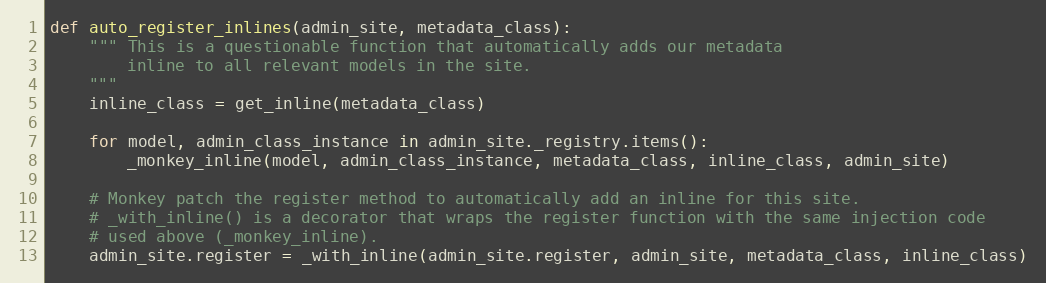
Language: Python
def auto_register_inlines(admin_site, metadata_class):
    """ This is a questionable function that automatically adds our metadata
        inline to all relevant models in the site.
    """
    inline_class = get_inline(metadata_class)

    for model, admin_class_instance in admin_site._registry.items():
        _monkey_inline(model, admin_class_instance, metadata_class, inline_class, admin_site)

    # Monkey patch the register method to automatically add an inline for this site.
    # _with_inline() is a decorator that wraps the register function with the same injection code
    # used above (_monkey_inline).
    admin_site.register = _with_inline(admin_site.register, admin_site, metadata_class, inline_class)